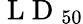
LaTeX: \mathrm{~L~D~}_{50}